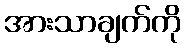
အားသာချက်ကို